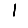
Digit: 1